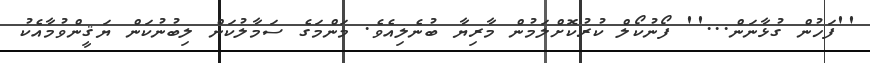
''ފަހުން ގުޅާނަން...'' ފޯނުކޯލް ކުރުކޮށްލަމުން މާރިޔާ ބުނެލިއެވެ. މަންމަގެ ސަމާލުކަން ލިބުނުކަން ޔަޤީންވުމާއެކު